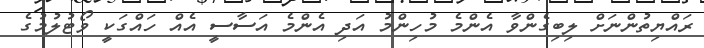
ރައްޔިތުންނަށް ލިބިގެންވާ އެންމެ މުހިންމު އަދި އެންމެ އަސާސީ އެއް ހައްގަކީ ވޯޓުލުމުގެ